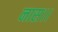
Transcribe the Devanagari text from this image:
नास।।